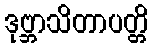
ဒုဗ္ဘာသိတာပတ္တိ